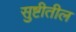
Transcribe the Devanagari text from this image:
सुष्टीतील